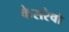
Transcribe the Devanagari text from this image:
केसरेवो